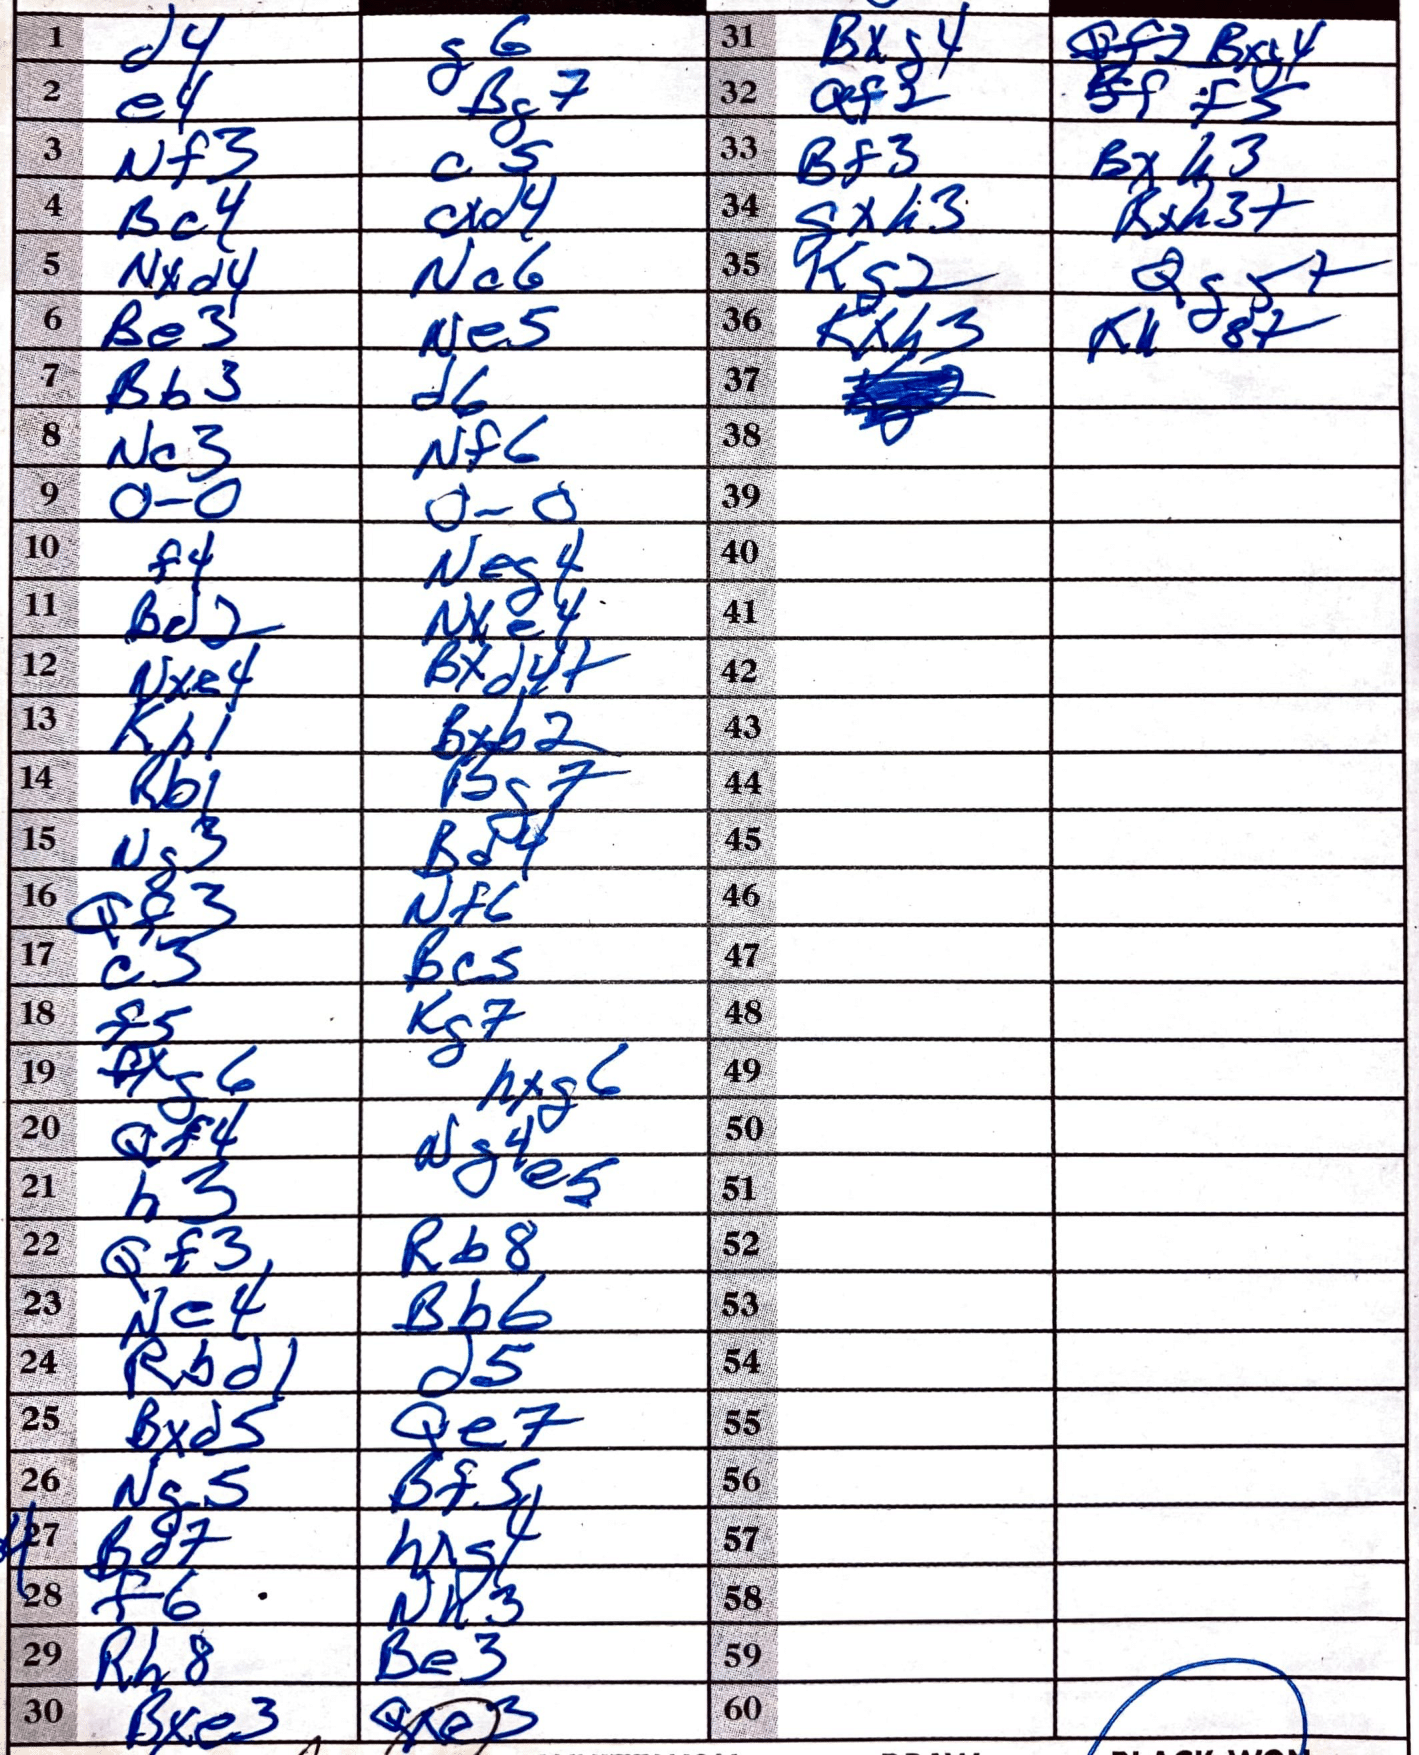
Moves: d4 g6 e4 Bg7 Nf3 c5 Bc4 cxd4 Nxd4 Nc6 Be3 Ne5 Bb3 d6 Nc3 Nf6 O-O O-O f4 Neg4 Bd2 Nxe4 Nxe4 Bxd4+ Kh1 Bxb2 Rb1 Bg7 Ng3 Bd4 Qf3 Nf6 c3 Bc5 f5 Kg7 fxg6 hxg6 Qf4 Ng4 h3 e5 Qf3 Rb8 Ne4 Bb6 Rbd1 d5 Bxd5 Qe7 Ng5 Bf5 Bd7 hxg4 f6 Nh3 Rh8 Be3 Bxe3 Qxe3 Bxg4 Bxg4 Qf2 f5 Bf3 Bxh3 gxh3 Bxh3+ Kg2 Qg5+ Kxh3